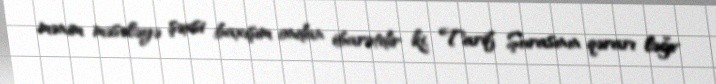
mənim məsələyə şəxsi baxışım ondan ibarətdir ki, Tarif Şurasının qərarı ləğv